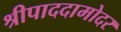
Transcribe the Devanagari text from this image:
श्रीपाददामोदर